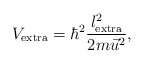
\begin{align*}V_{{\rm extra}}=\hbar ^2\frac{l_{{\rm extra}}^2}{2m\vec u^2},\end{align*}